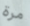
مرة